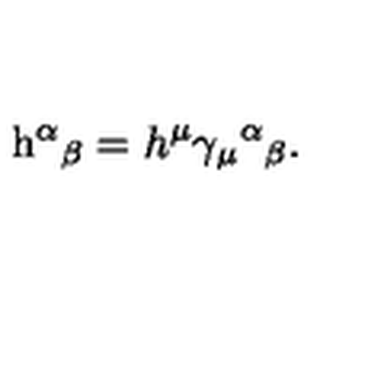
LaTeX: \mathrm { h } ^ { \alpha } { } _ { \beta } = h ^ { \mu } \gamma _ { \mu } { } ^ { \alpha } { } _ { \beta } .